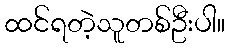
ထင်ရတဲ့သူတစ်ဦးပါ။